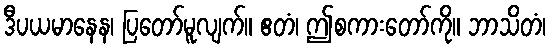
ဒီပယမာနေန၊ ပြတော်မူလျက်။ ဧတံ၊ ဤစကားတော်ကို။ ဘာသိတံ၊